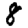
Digit: 8